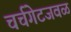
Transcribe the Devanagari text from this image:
चर्चगेटजवळ